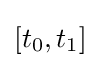
\lbrack t_{0},t_{1}\rbrack